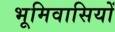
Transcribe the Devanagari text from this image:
भूमिवासियों